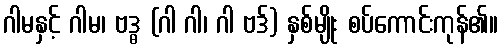
ဂါမနှင့် ဂါမ၊ ဗဒ္ဓ (ဂါ ဂါ၊ ဂါ ဗဒ်) နှစ်မျိုး စပ်ကောင်းကုန်၏။